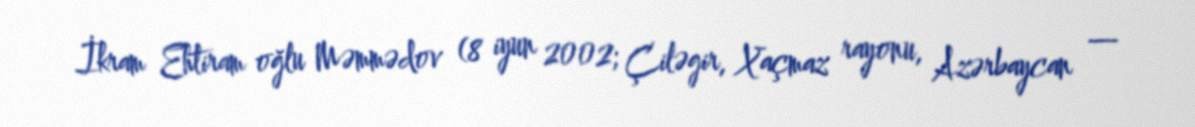
İkram Ehtiram oğlu Məmmədov (8 iyun 2002; Çiləgir, Xaçmaz rayonu, Azərbaycan —